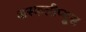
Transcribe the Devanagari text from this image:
अस्कलीप्यूस